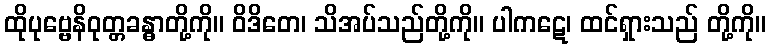
ထိုပုဗ္ဗေနိဝုတ္တခန္ဓာတို့ကို။ ဝိဒိတေ၊ သိအပ်သည်တို့ကို။ ပါကဋေ၊ ထင်ရှားသည် တို့ကို။